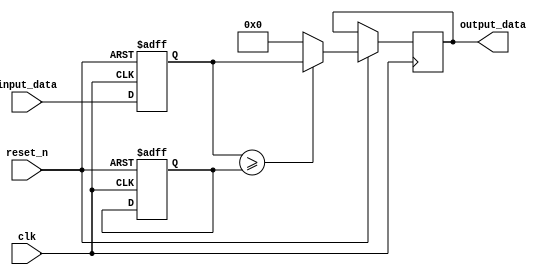
module ParameterFocusedInit #(
    parameter integer SIZE = 8,         // Default size parameter
    parameter integer THRESHOLD = 128,  // Default threshold value
    parameter MODE = 0                   // Default operation mode (0 for normal, 1 for test)
)(
    input wire clk,                      // Clock input
    input wire reset_n,                  // Active low reset
    input wire [SIZE-1:0] input_data,   // Input data
    output reg [SIZE-1:0] output_data    // Output data
);

// Internal variable declaration
reg [SIZE-1:0] internal_value;
reg [SIZE-1:0] threshold_value;

// Initialization block
initial begin
    // Initialize internal variables based on parameters
    internal_value = 0;
    threshold_value = THRESHOLD;
    
    // Conditional initialization based on mode
    if (MODE == 1) begin
        internal_value = 8'hFF; // Set to maximum for test mode
    end
end

// Reset logic to re-initialize internal states
always @(posedge clk or negedge reset_n) begin
    if (!reset_n) begin
        // Reset internal variables based on parameters
        internal_value <= 0;
        threshold_value <= THRESHOLD; // Use the parameter value
    end else begin
        // Behavioral logic based on input and initialized parameters
        internal_value <= input_data;
        if (internal_value >= threshold_value) begin
            output_data <= internal_value; // Pass through if above threshold
        end else begin
            output_data <= 0; // Otherwise output zero
        end
    end
end

endmodule